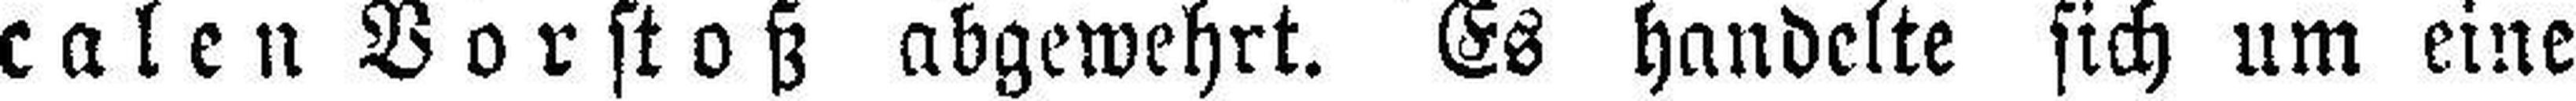
calen Vorstoß abgewehrt. Es handelte sich um eine